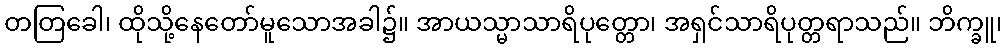
တတြခေါ၊ ထိုသို့နေတော်မူသောအခါ၌။ အာယသ္မာသာရိပုတ္တော၊ အရှင်သာရိပုတ္တရာသည်။ ဘိက္ခူ၊